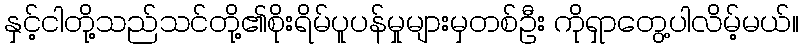
နှင့်ငါတို့သည်သင်တို့၏စိုးရိမ်ပူပန်မှုများမှတစ်ဦး ကိုရှာတွေ့ပါလိမ့်မယ်။